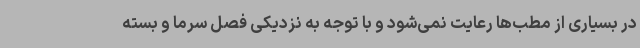
در بسیاری از مطب‌ها رعایت نمی‌شود و با توجه به نزدیکی فصل سرما و بسته